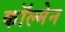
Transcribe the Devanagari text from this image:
काॅल्मेन